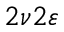
2 \nu 2 \varepsilon